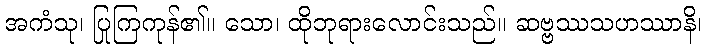
အကံသု၊ ပြုကြကုန်၏။ သော၊ ထိုဘုရားလောင်းသည်။ ဆဗ္ဗဿသဟဿာနိ၊